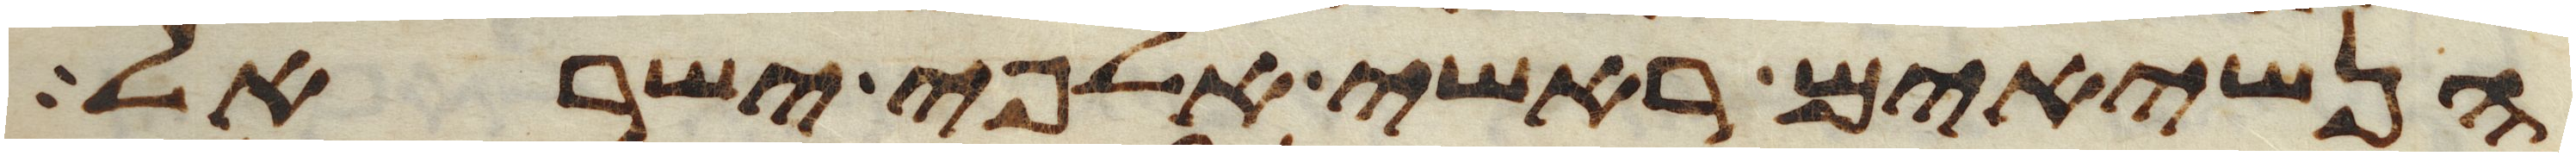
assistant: הנשיאים ראשי אלפי ישראל